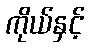
ကိုယ်နှင့်